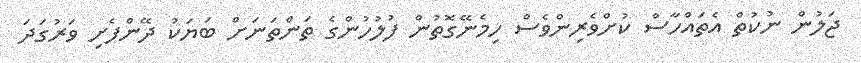
ޖަލުން ނުކުތް އެތައްހާސް ކުށްވެރިންވެސް ހިމެނޭގޮތުން ފުލުހުންގެ ތަންތަނަށް ބަޔަކު ދޭންފެށި ވަރުގަދަ